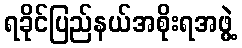
ရခိုင်ပြည်နယ်အစိုးရအဖွဲ့